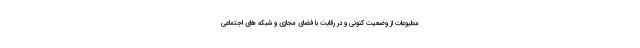
مطبوعات از وضعیت کنونی و در رقابت با فضای مجازی و شبکه های اجتماعی